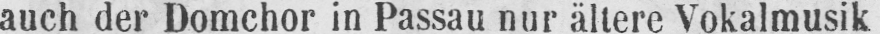
auch der Domchor in Passau nur ältere Vokalmusik